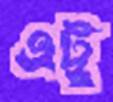
এট্টু